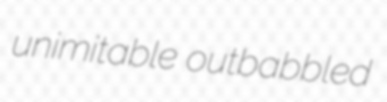
unimitable outbabbled